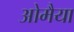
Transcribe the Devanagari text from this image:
ओमैया